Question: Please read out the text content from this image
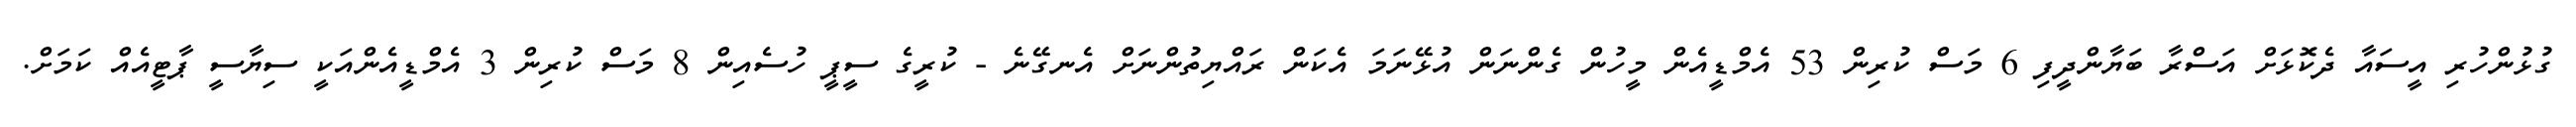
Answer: ގުޅުންހުރި އީސައާ ދެކޮޅަށް އަސްރާ ބަޔާންދީފި 6 މަސް ކުރިން 53 އެމްޑީއެން މީހުން ގެންނަން އުޅޭނަމަ އެކަން ރައްޔިތުންނަށް އެނގޭނެ - ކުރީގެ ސީޕީ ހުސެއިން 8 މަސް ކުރިން 3 އެމްޑީއެންއަކީ ސިޔާސީ ޕާޓީއެއް ކަމަށް.